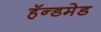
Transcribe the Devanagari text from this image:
हॅन्डमेड